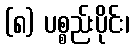
(၈) ပစ္စည်းပိုင်း၊